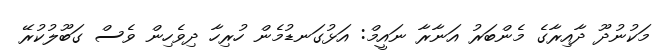
މަކުނުދޫ ދާއިރާގެ މެންބަރު އަނާރާ ނައީމް: އަޅުގަނޑުމެން ހުރިހާ ދިވެހިން ވެސް ގަބޫލުކުރޭ